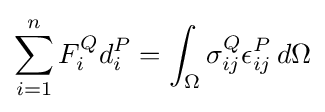
\sum _{i=1}^{n}F_{i}^{Q}d_{i}^{P}=\int _{\Omega }\sigma _{ij}^{Q}\epsilon _{ij}^{P}\,d\Omega